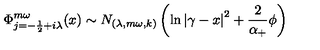
\Phi _ { j = - \frac 1 2 + i \lambda } ^ { m \omega } ( x ) \sim N _ { ( \lambda , m \omega , k ) } \left( \ln \left| \gamma - x \right| ^ { 2 } + \frac 2 { \alpha _ { + } } \phi \right)